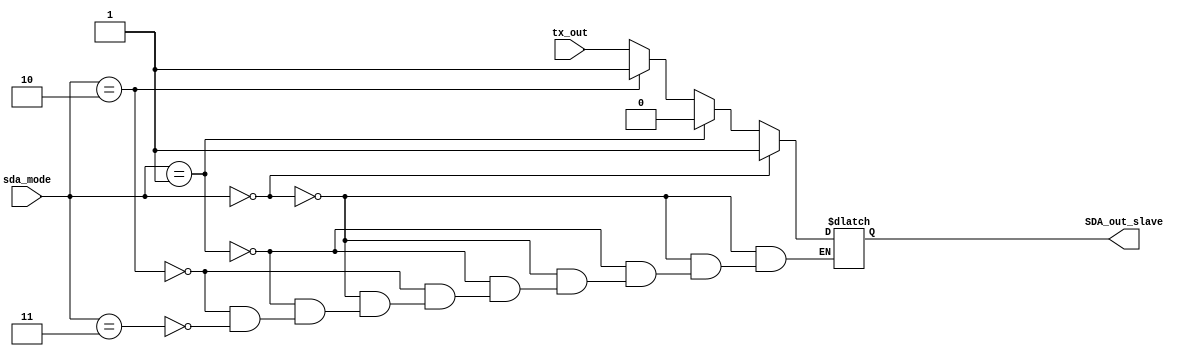
module sda_select (
	sda_mode,
	tx_out,
	SDA_out_slave
);
	input wire [1:0] sda_mode;
	input wire tx_out;
	output reg SDA_out_slave;
	always @(*)
		if (sda_mode == 2'b00)
			SDA_out_slave = 1'b1;
		else if (sda_mode == 2'b01)
			SDA_out_slave = 1'b0;
		else if (sda_mode == 2'b10)
			SDA_out_slave = 1'b1;
		else if (sda_mode == 2'b11)
			SDA_out_slave = tx_out;
endmodule